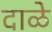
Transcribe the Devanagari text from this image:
दाळे